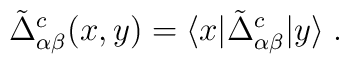
\tilde{\Delta}^c_{\alpha\beta}(x,y)= \langle x | \tilde{\Delta}^c_{\alpha\beta} | y\rangle\;.